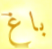
باغ